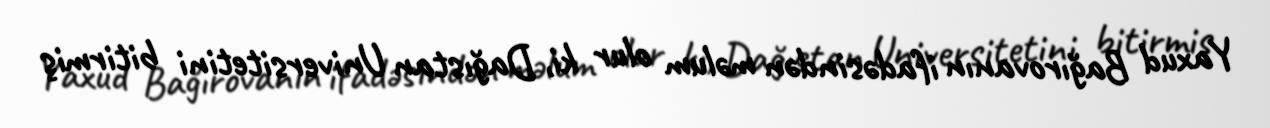
Yaxud Bağırovanın ifadəsindən məlum olur ki, Dağıstan Universitetini bitirmiş